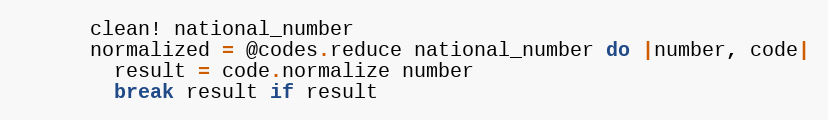
Language: Ruby
      clean! national_number
      normalized = @codes.reduce national_number do |number, code|
        result = code.normalize number
        break result if result